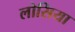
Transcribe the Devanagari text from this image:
लोसिया